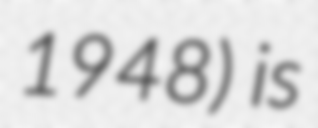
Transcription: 1948) is